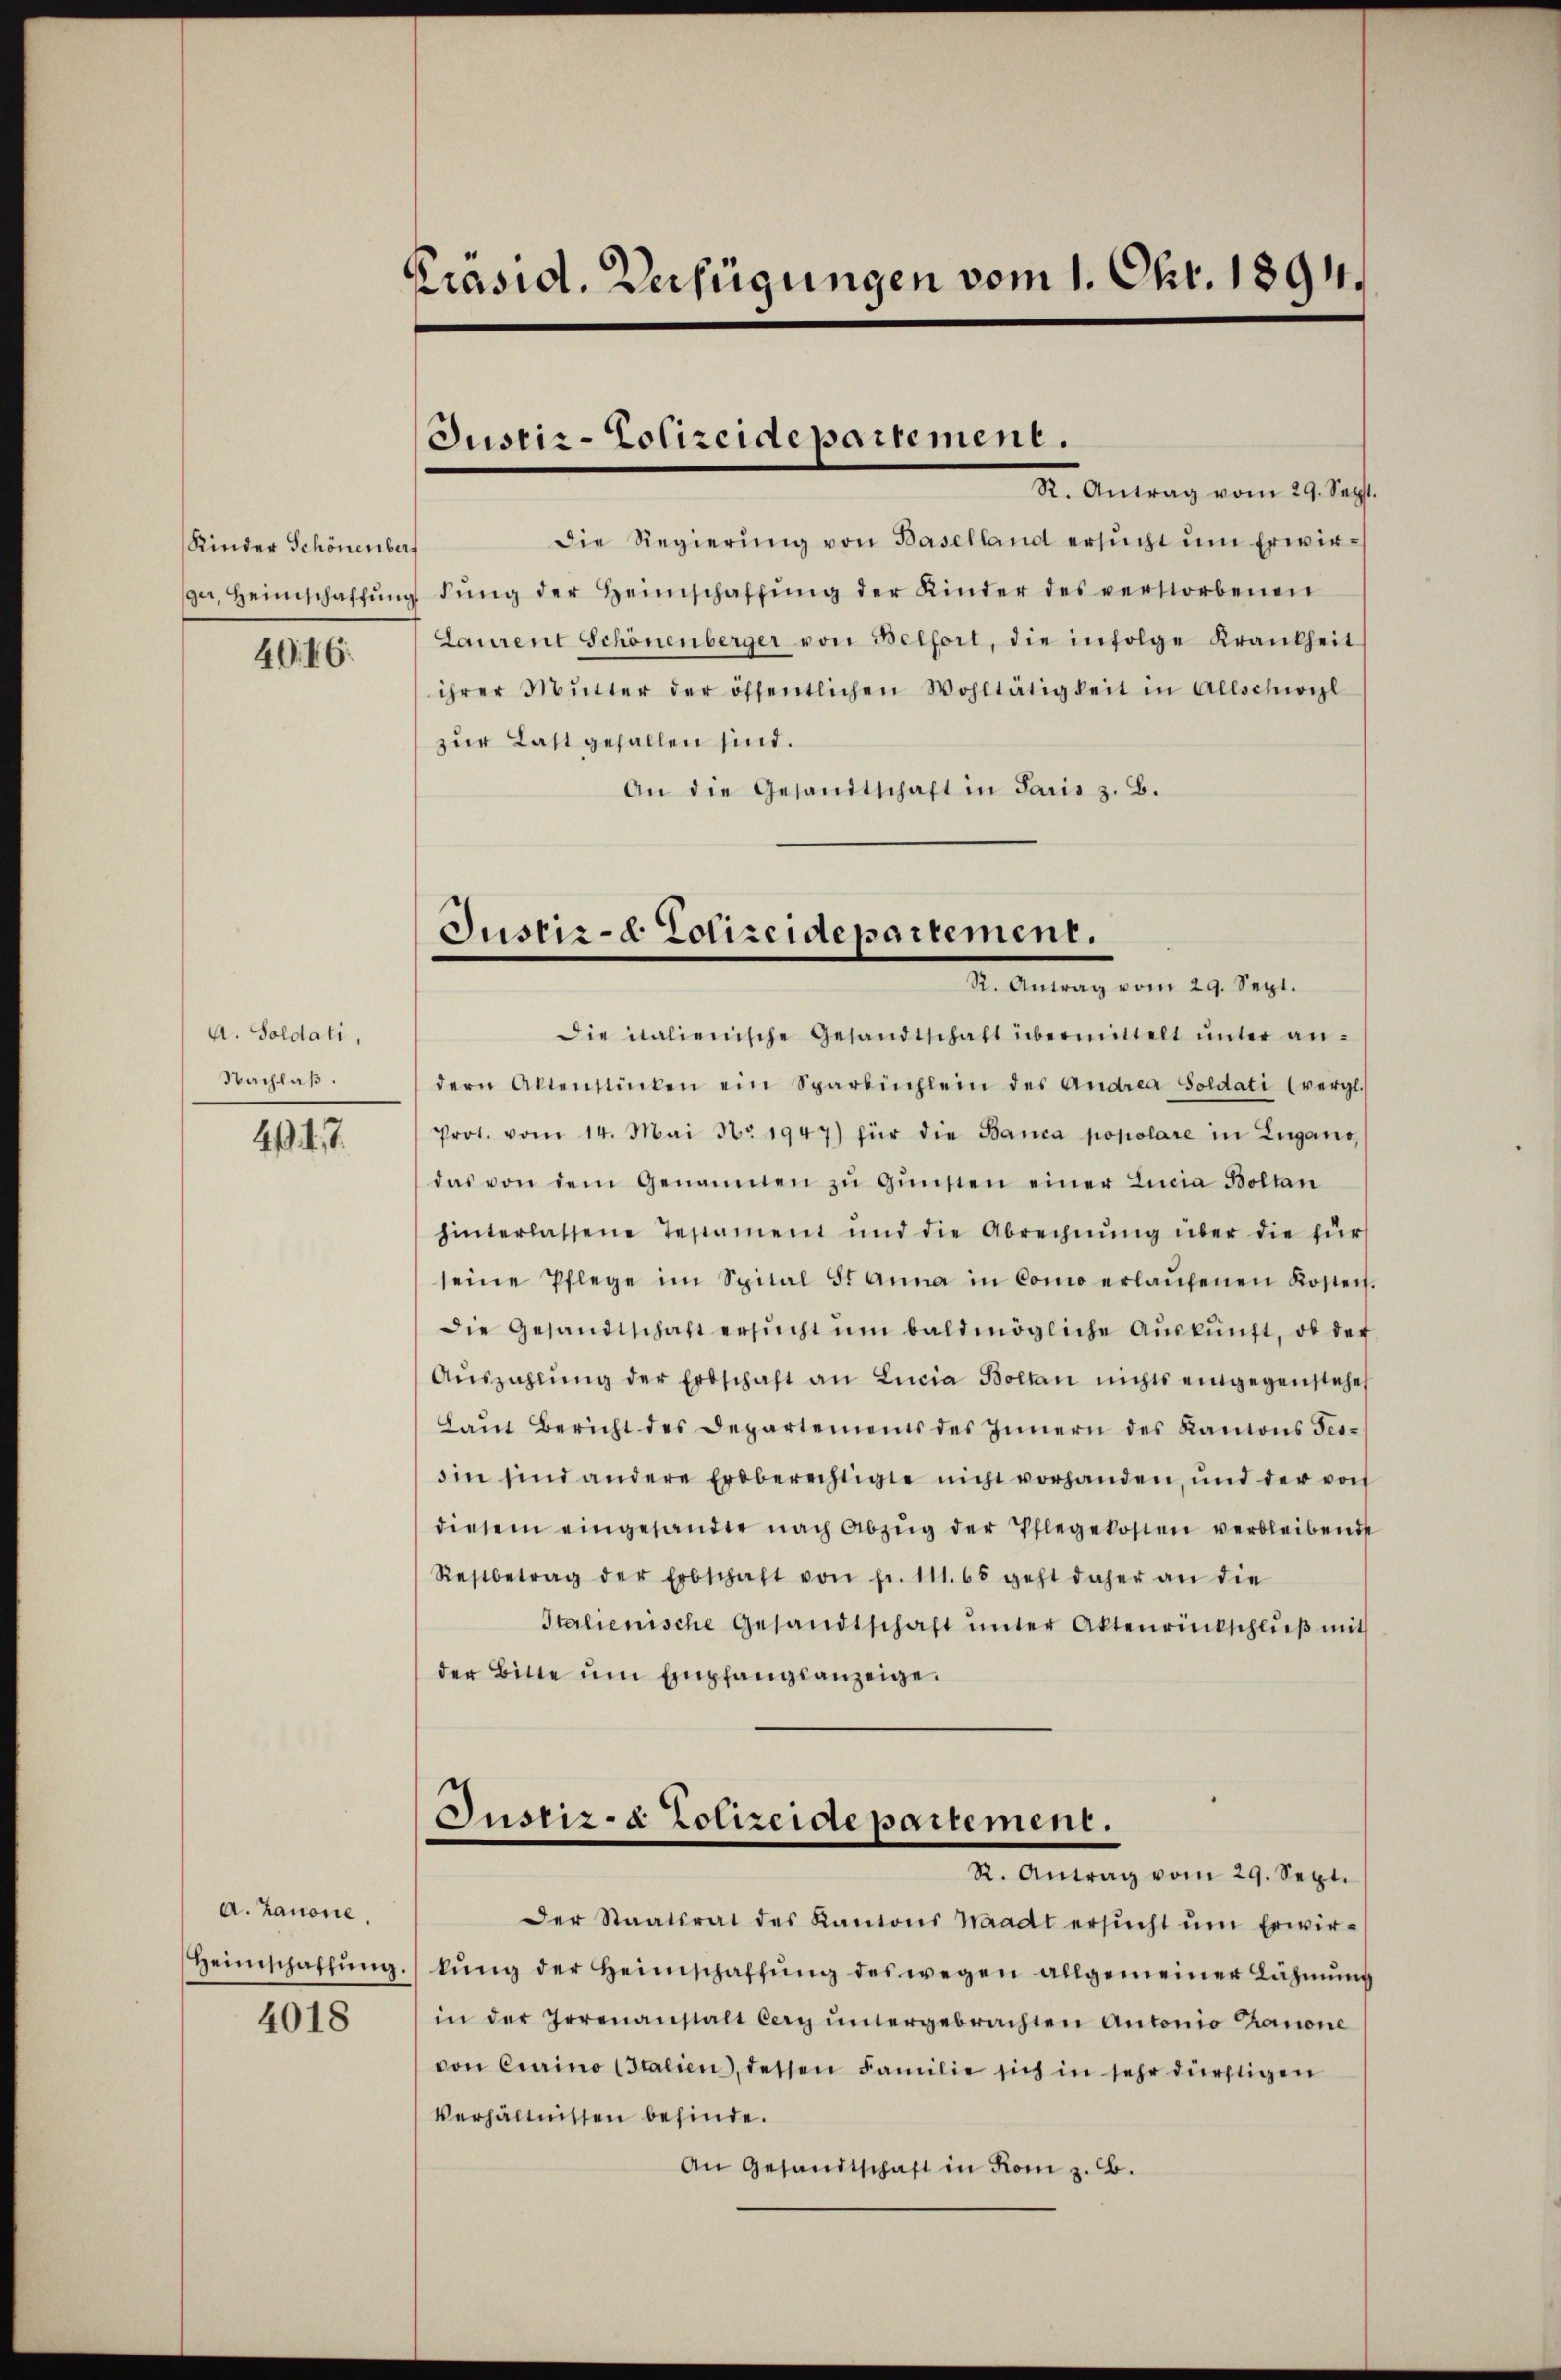
Kinder Schönenber

4046.

A. Soldati,
Nachlaß.

4. d. 7.

A. Zanone.
Heimschaffŭng.
4018

Präsid. Verfügungen vom 1. Okt. 1894.

Justiz-Polizeidepartement.

R. Antrag vom 29. Sept.
Die Regierŭng von Baselland ersŭcht ŭm Erwirger, Heimschaffŭng dŭng der Heimschaffŭng der Kinder des verstorbenen
Laurent Schönenberger von Belfort, die infolge Krankheit
ihrer Mŭtter der öffentlichen Wohltätigkeit in Allschwizl
zur Last gefallen sind.
An die Gesandtschaft in Paris z. B.

Justiz- & Polizeidepartement.
d. Commung vom 29. Sept.

Die italienische Gesandtschaft übermittelt ŭnter an-
dern Aktenstücken ein Sparbüchlein des Andrea Soldati (vergl.
Prot. vom 14. Mai No 1947) für die Banca popolare in Zugano,
das von dem Genannten zŭ Gŭnsten einer Lucia Bollan
hinterlassene Testament und die Abrechnŭng über die für
seine Pflege im Spital S. Anna in Como erlaŭfenen Kosten
die Gesandtschaft ersŭcht ŭm baldmögliche Aŭskŭnft, ob der
Aŭszahlung der Erbschaft an Lucia Boltan nichts eingegenstehe
Laut Bericht des Departements des Innern des Kantons Tes-
din sind andere Erbberechtigte nicht vorhanden, und der von
diesem eingesandte nach Abzŭg der Pflegekosten verbleibend
Restbetrag der Erbschaft von fr. 111. 65 geht daher an die
Italienische Gesandtschaft unter Aktenrückschluß mit
der Bitte ŭm Empfangsanzeige.
Justiz- & Polizeidepartement.
R. Antrag vom 29. Sept.
Der Staatsrat des Kantons Waadt ersŭcht ŭm Erwir-
kŭng der Heimschaffŭng des wegen allgemeiner Lähmung
in der Irrenanstalt cary ŭntergebrachten Antonio Canone
von Curino (Italien, dessen Familie sich in sehr dürftigen
Verhältnissen befinde.
An Gesandtschaft in Rom z. B.